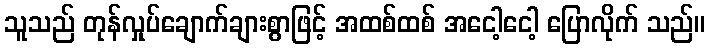
သူသည် တုန်လှုပ်ချောက်ချားစွာဖြင့် အထစ်ထစ် အငေါ့ငေါ့ ပြောလိုက် သည်။